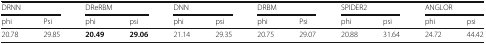
<table><thead><tr><td colspan="2"><b>DRNN</b></td><td colspan="2"><b>DReRBM</b></td><td colspan="2"><b>DNN</b></td><td colspan="2"><b>DRBM</b></td><td colspan="2"><b>SPIDER2</b></td><td colspan="2"><b>ANGLOR</b></td></tr><tr><td><b>phi</b></td><td><b>Psi</b></td><td><b>phi</b></td><td><b>psi</b></td><td><b>phi</b></td><td><b>psi</b></td><td><b>phi</b></td><td><b>Psi</b></td><td><b>phi</b></td><td><b>psi</b></td><td><b>phi</b></td><td><b>psi</b></td></tr></thead><tbody><tr><td>20.78</td><td>29.85</td><td><b>20.49</b></td><td><b>29.06</b></td><td>21.14</td><td>29.35</td><td>20.75</td><td>29.07</td><td>20.88</td><td>31.64</td><td>24.72</td><td>44.42</td></tr></tbody></table>